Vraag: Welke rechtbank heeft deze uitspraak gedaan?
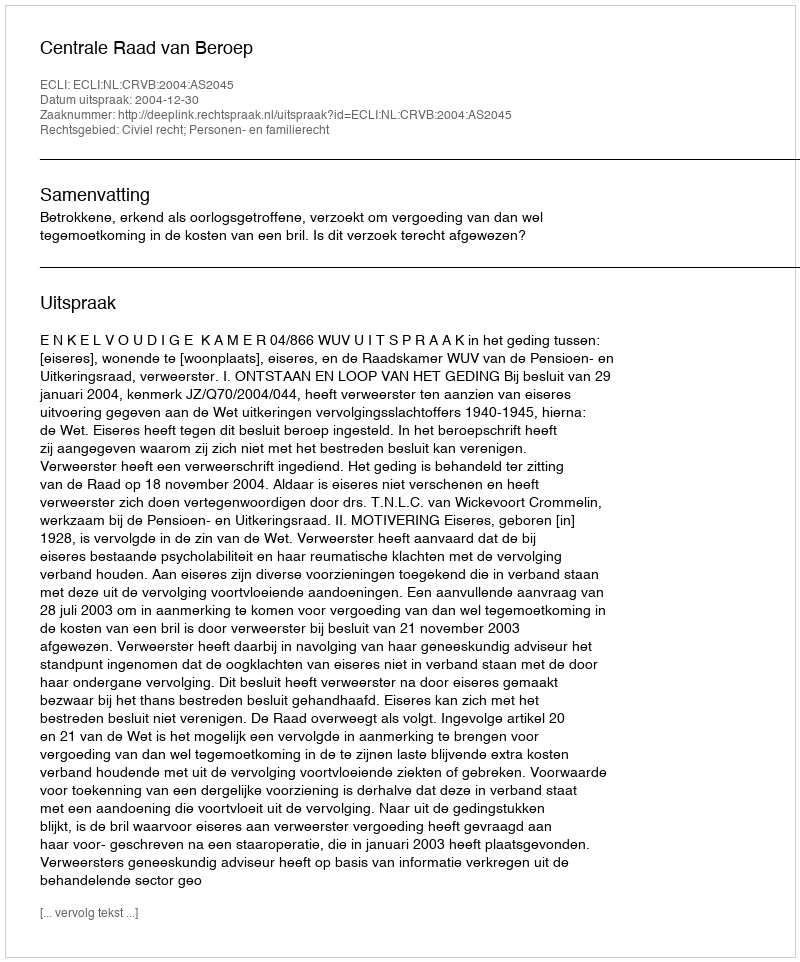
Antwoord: Centrale Raad van Beroep